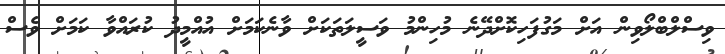
ވިސްލްބްލޯވިން އަށް މަގުފަހިކޮށްދޭނެ މުހިންމު ވަސީލަތަކަށް ވާނެކަމަށް އުއްމީދު ކުރައްވާ ކަމަށް ވެސް